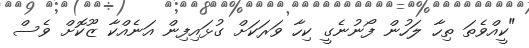
"ކީއްވެތަ ތިހާ ލަހުން ފޯނުނެގީ ކިހާ ވަރަކަށް ގުޅައިފިން އަނެއްކާ ޒޫކޮށް ވެސް